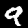
Label: 9